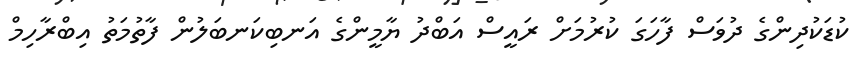
ކުޑަކުދިންގެ ދުވަސް ފާހަގަ ކުރުމަށް ރައީސް އަބްދު ޔާމީންގެ އަނބިކަނބަލުން ފާތުމަތު އިބްރާހިމް